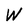
Character: W